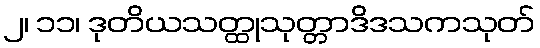
၂၊ ၁၁၊ ဒုတိယသတ္ထုသုတ္တာဒိဒသကသုတ်